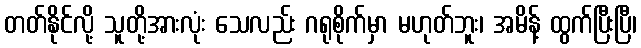
တတ်နိုင်လို့ သူတို့အားလုံး သေလည်း ဂရုစိုက်မှာ မဟုတ်ဘူး၊ အမိန့် ထွက်ပြီးပြီ၊